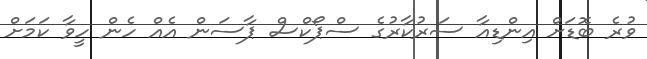
ވުރެ ބޮޑަށް އިންޑިއާ ސަރުކާރުގެ ސްޕޯކްސް ޕާސަން އެއް ހެން ހީވާ ކަމަށް